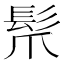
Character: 𩬐